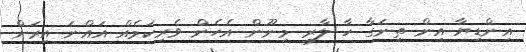
އިންޑިޔާ އިން ތިނަގާ ހާ ލާރި މިނޫން އެހެން ވެރިކަމެއް އައްނަ އިރަށް